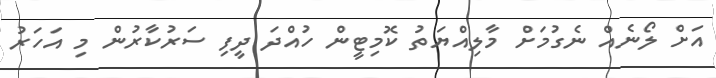
އަށް ލޯނެއް ނެގުމަށް މާލިއްޔަތު ކޮމިޓީން ހުއްދަ ދީފި ސަރުކާރުން މި އަހަރު